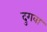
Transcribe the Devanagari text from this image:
दुगवा